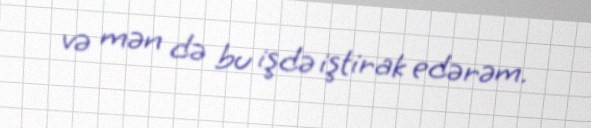
və mən də bu işdə iştirak edərəm.